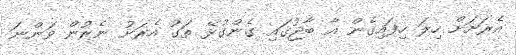
އެރަށަށް ހިލަ ހިފައިގެން އާ ބާޖުގައި ގެންގުޅޭ ތަގު އެރަށު ނެރުން ވަންނަ